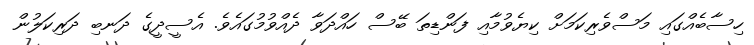
ހިސާބެއްގައި މަސްވެރިކަމަށް ކިޔެވުމާއި ފަންޑިތަ ބޭސް ހައްދަވާ ދެއްވުމުގައެވެ. އެސީދީގެ ދަނބި ދަރިކަލުން